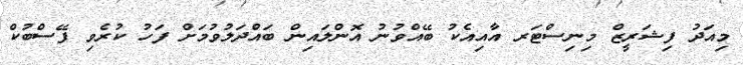
މިއަދު ފިޝަރީޒް މިނިސްޓަރ އާއިއެކު ބޭއްވުނު އޮންލައިން ބައްދަލުވުމަށް ފަހު ކުރެވި ފޭސްބުކް